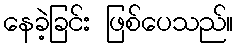
နေခဲ့ခြင်း ဖြစ်ပေသည်။